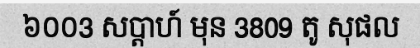
៦០០3 សប្តាហ៍ មុន 3809 តូ សុផល